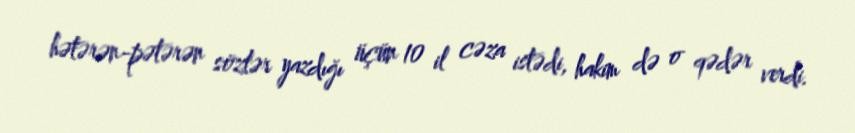
hətərən-pətərən sözlər yazdığı üçün 10 il cəza istədi, hakim də o qədər verdi.